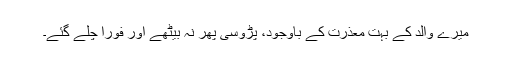
میرے والد کے بہت معذرت کے باوجود، پڑوسی پھر نہ بیٹھے اور فوراً چلے گئے۔